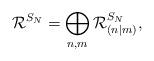
LaTeX: \begin{gather*}\mathcal{R}^{S_N}=\bigoplus_{n,m} \mathcal{R}^{S_N}_{(n|m)},\end{gather*}